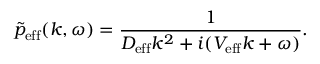
\tilde { p } _ { \mathrm { e f f } } ( k , \omega ) = \frac { 1 } { D _ { \mathrm { e f f } } k ^ { 2 } + i ( V _ { \mathrm { e f f } } k + \omega ) } .